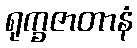
ရုက္ခဇာတာနံ